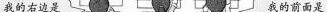
我的右边是 我的前面是